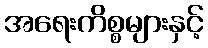
အရေးကိစ္စများနှင့်